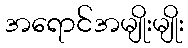
အရောင်အမျိုးမျိုး